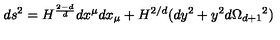
d s ^ { 2 } = H ^ { \frac { 2 - d } { d } } d x ^ { \mu } d x _ { \mu } + H ^ { 2 / d } ( d y ^ { 2 } + y ^ { 2 } d \Omega _ { d + 1 } { } ^ { 2 } )